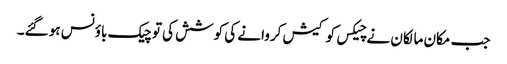
جب مکان مالکان نے چیکس کو کیش کروانے کی کوشش کی تو چیک باؤنس ہو گئے۔